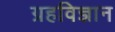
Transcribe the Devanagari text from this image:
ग्रहविज्ञान